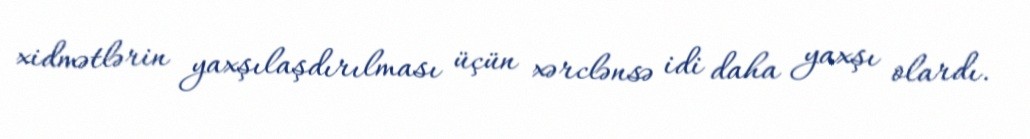
xidmətlərin yaxşılaşdırılması üçün xərclənsə idi daha yaxşı olardı.